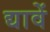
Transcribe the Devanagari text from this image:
द्यावें